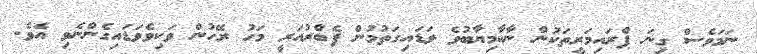
ނަމަވެސް ގިނަ ޕްރައިމަރީތަކުން ނާކާމިޔާބުވެ ވަޑައިގަތުމުން ފެބްރުއަރީ މަހު ރޭހުން ވަކިވެވަޑައިގެންނެވި އެވެ.